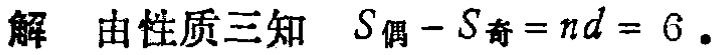
解 由性质三知 \(S_{偶}-S_{奇}=nd = 6\)。